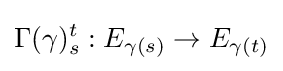
\Gamma (\gamma )_{s}^{t}:E_{\gamma (s)}\rightarrow E_{\gamma (t)}